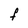
Character: F